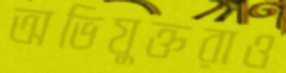
অভিযুক্তরাও